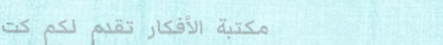
مكتبة الأفكار تقدم لكم كت